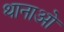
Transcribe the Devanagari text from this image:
थानाओ